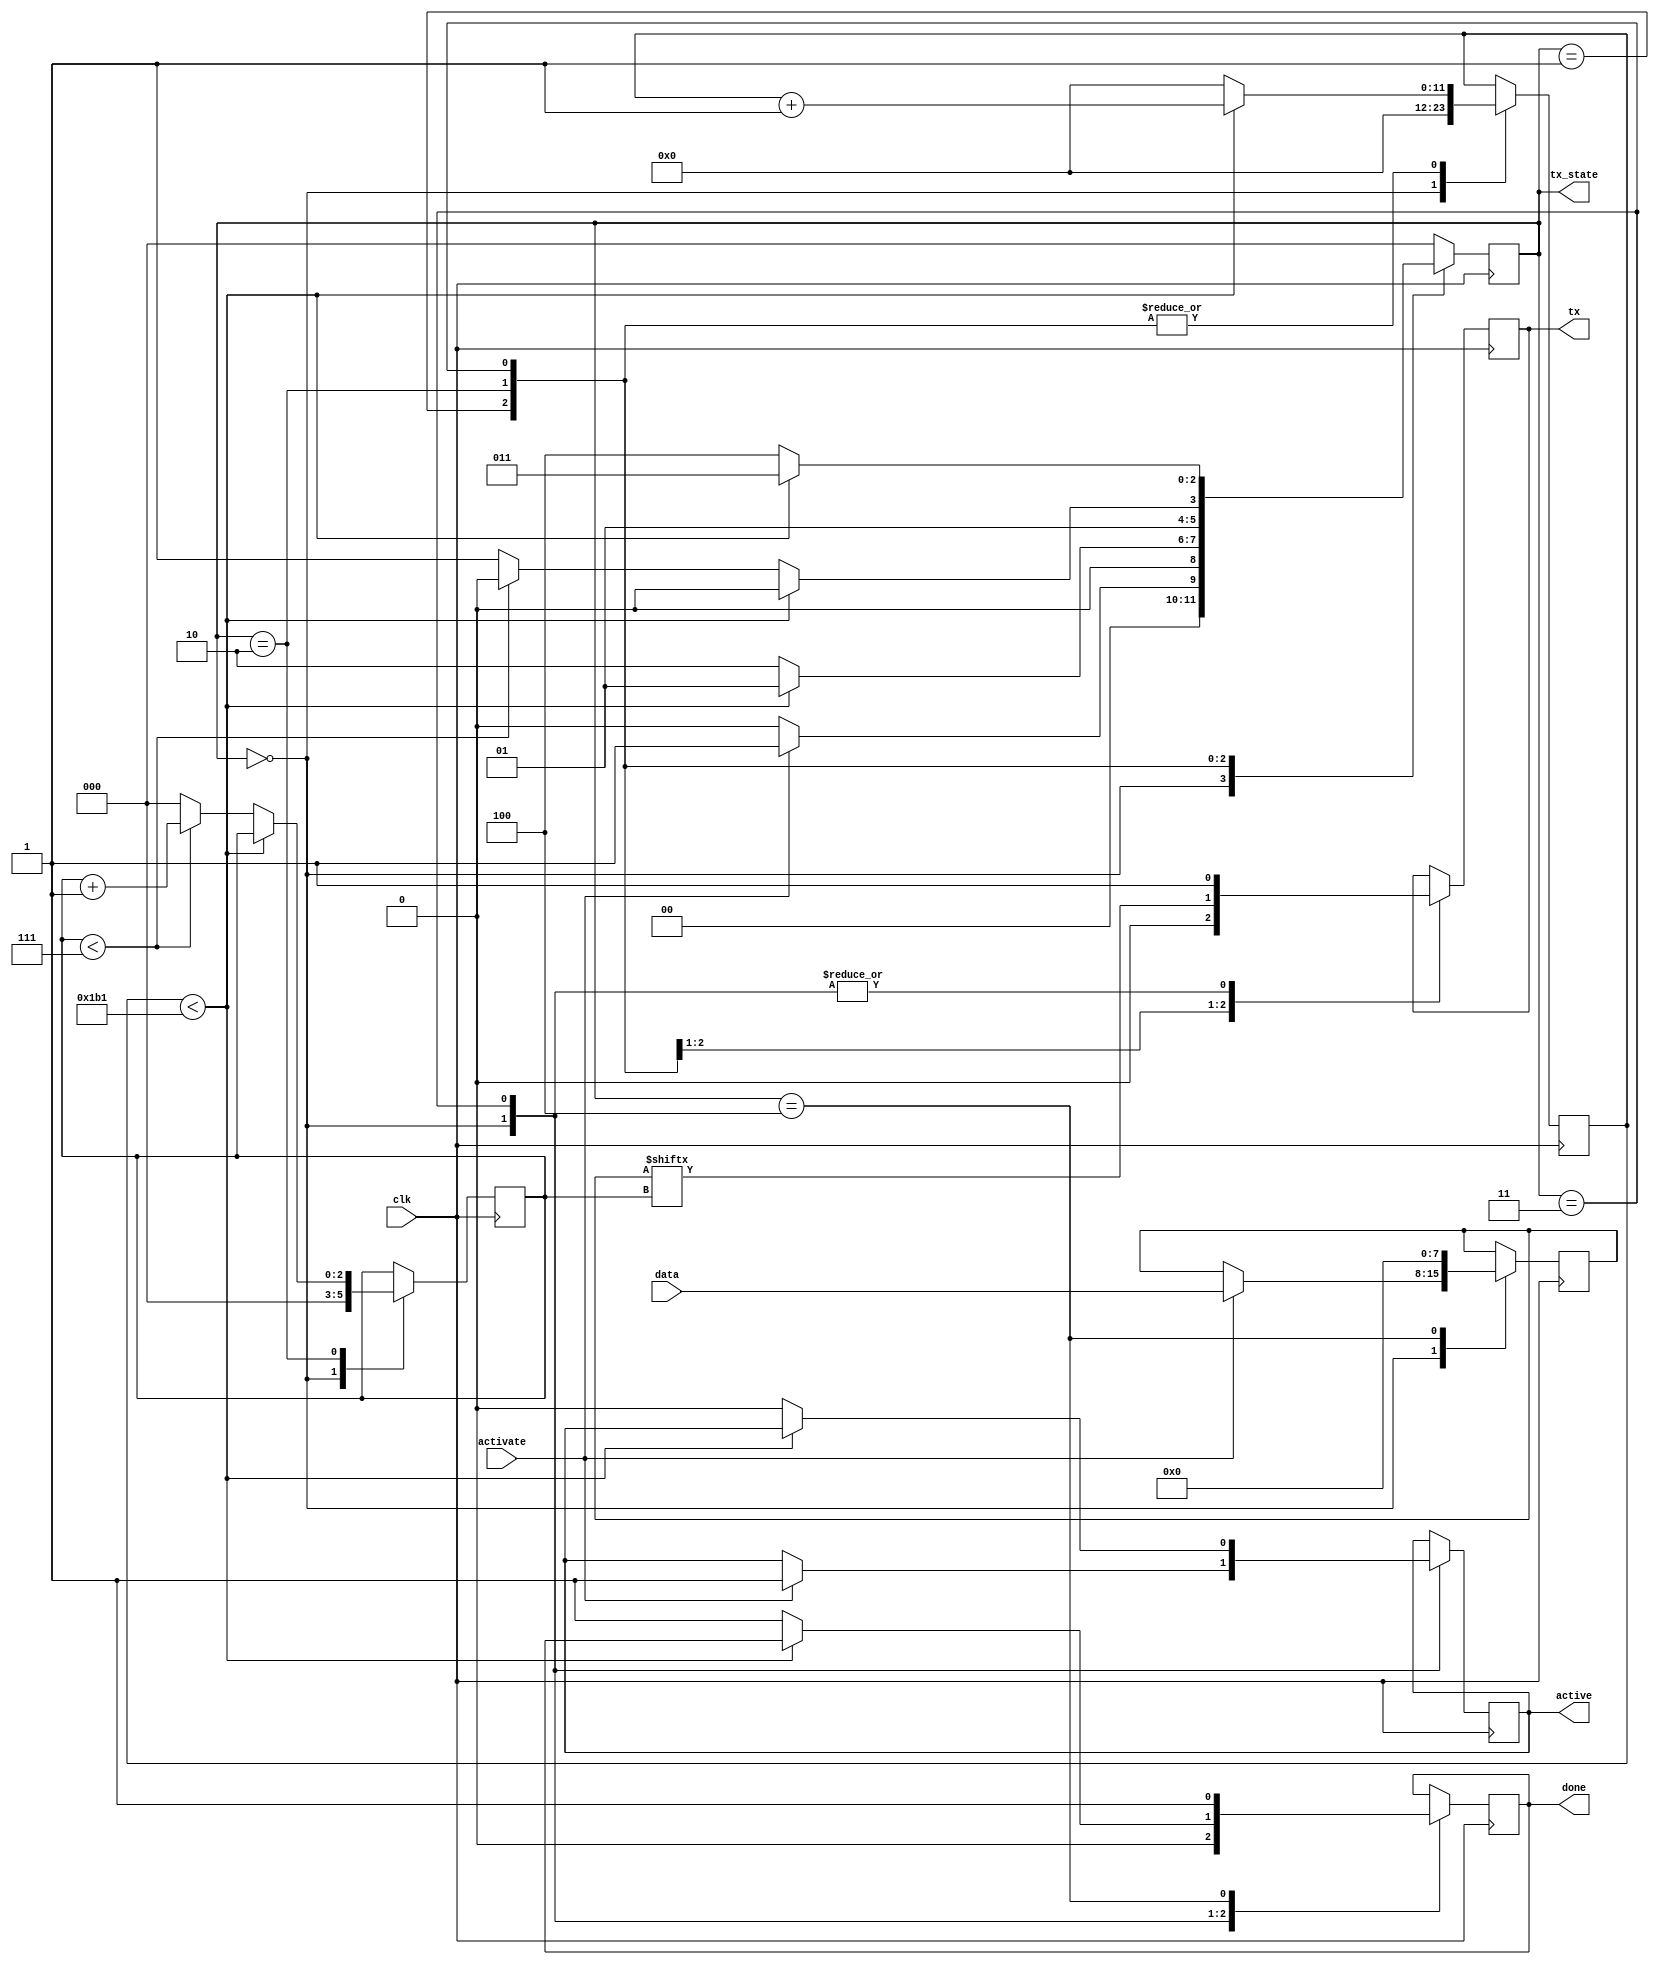
module uart_tx(
	input clk,
	input activate,
	input [7:0] data,
	output reg active,
	output reg tx,
	output reg done,
	output [2:0] tx_state
);

// UART_TX States
parameter IDLE = 3'd0;
parameter START = 3'd1;
parameter TRANSMIT = 3'd2;
parameter STOP = 3'd3;
parameter CLEANUP = 3'd4;

reg[2:0] state; 
reg[2:0] bit_index;

assign tx_state = state;

reg[7:0] tx_data = 0;

// 50000000 / 115200 =  434 Clocks/bit
parameter CLKS_PER_BIT = 434;
reg[11:0] clk_counter = 0;

always @(posedge clk)
begin
	// State Machine
	case (state)
		IDLE:
		begin
			tx <= 1;
			done <= 0;
			bit_index <= 0;
			clk_counter <= 0;
			
			if(activate == 1)
			begin
				active <= 1;
				tx_data <= data;
				state <= START;
			end
			else
				state <= IDLE;
		end
		
		START:
		begin
			
			tx <= 0;
			
			if (clk_counter < CLKS_PER_BIT-1)
			begin
				clk_counter <= clk_counter + 1;
				state <= START;
			end
			else
			begin
				clk_counter <= 0;
				state <= TRANSMIT;
			end
			
		end
		
		TRANSMIT:
		begin
			tx <= tx_data[bit_index];
			state <= TRANSMIT;
			
			if (clk_counter < CLKS_PER_BIT-1)
			begin
				clk_counter <= clk_counter + 1;
				state <= TRANSMIT;
			end
			else
			begin
				clk_counter <= 0;
				if(bit_index < 7)
				begin
					bit_index <= bit_index + 1;
					state <= TRANSMIT;
				end
				else
				begin
					bit_index <= 0;
					state <= STOP;
				end	
			end
					

			
		end
		
		STOP:
		begin
			tx <= 1;
			
			if (clk_counter < CLKS_PER_BIT-1)
			begin
				clk_counter <= clk_counter + 1;
				state <= STOP;
			end
			else
			begin
				clk_counter <= 0;
				done <= 1;
				state <= CLEANUP;
				active <= 0;
			end
		end
		
		CLEANUP:
		begin
			done <= 1;
			state <= IDLE;
			tx_data <= 0;
		end
		
		default: 
			state <= IDLE;
		
	endcase

end


endmodule